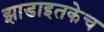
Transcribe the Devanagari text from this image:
झाडाइतकेच